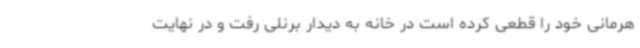
هرمانی خود را قطعی کرده است در خانه به دیدار برنلی رفت و در نهایت